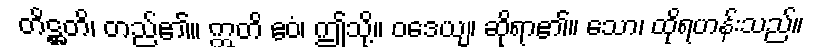
တိဋ္ဌတိ၊ တည်၏။ ဣတိ ဧဝံ၊ ဤသို့။ ဝဒေယျ၊ ဆိုရာ၏။ သော၊ ထိုရဟန်းသည်။